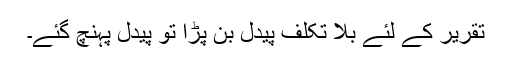
تقریر کے لئے بلا تکلف پیدل بن پڑا تو پیدل پہنچ گئے۔